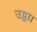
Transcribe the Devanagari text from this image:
उट्ठा।